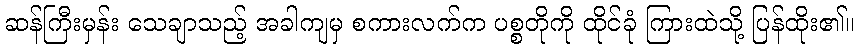
ဆန်ကြီးမှန်း သေချာသည့် အခါကျမှ စကားလက်က ပစ္စတိုကို ထိုင်ခုံ ကြားထဲသို့ ပြန်ထိုး၏။